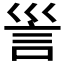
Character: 𧥥